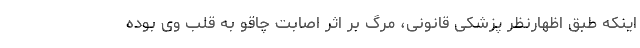
اینکه طبق اظهارنظر پزشکی قانونی، مرگ بر اثر اصابت چاقو به قلب وی بوده